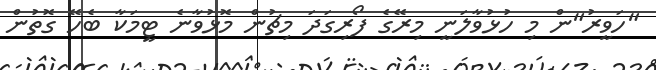
"ހަވީރު"ން މި ހުޅުވާލަނީ މިރޭގެ ފޯރިގަދަ މިޗުން މޮޅުވާނެ ޓީމަކާ ބެހޭ ގޮތުން